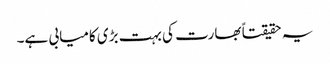
یہ حقیقتاً بھارت کی بہت بڑی کامیابی ہے۔